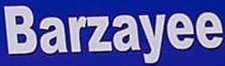
Barzayee